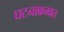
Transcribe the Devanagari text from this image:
घटनाक्रमात